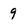
Character: 9